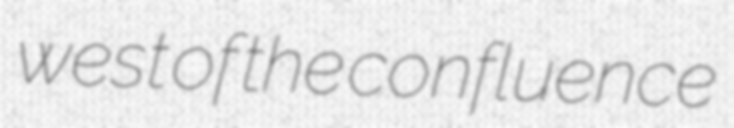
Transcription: west of the confluence